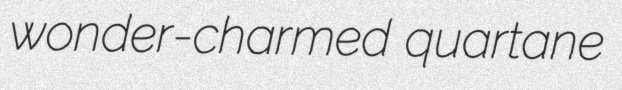
wonder-charmed quartane